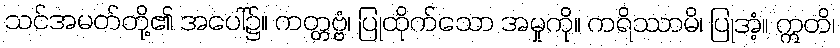
သင်အမတ်တို့၏ အပေါ်၌။ ကတ္တဗ္ဗံ၊ ပြုထိုက်သော အမှုကို။ ကရိဿာမိ၊ ပြုအံ့။ ဣတိ၊